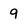
Character: 9